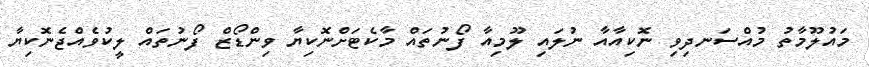
މައުލޫމާތު މުއްސަނދިވި ނޮކިއާއާ ނުލައި ލޫމިއާ ފޯނުތައް މާކެޓަށްނޮކިޔާ ވިންޑޯޒް ފޯނުތައް ލީކުވެއްޖެނޮކިޔާ